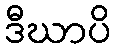
ဒီဃာပိ